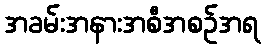
အခမ်းအနားအစီအစဉ်အရ